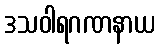
ဒသဝါရဂဏနာယ